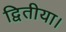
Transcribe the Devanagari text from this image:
द्वितीया।